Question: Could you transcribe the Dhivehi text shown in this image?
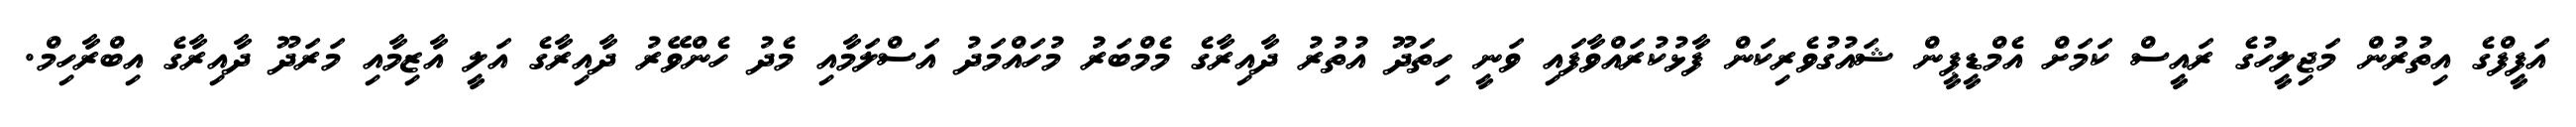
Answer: އަފީފްގެ އިތުރުން މަޖިލީހުގެ ރައީސް ކަމަށް އެމްޑީޕީން ޝައުގުވެރިކަން ފާޅުކުރައްވާފައި ވަނީ ހިތަދޫ އުތުރު ދާއިރާގެ މެމްބަރު މުހައްމަދު އަސްލަމާއި މެދު ހެންވޭރު ދާއިރާގެ އަލީ އާޒިމާއި މަރަދޫ ދާއިރާގެ އިބްރާހިމް.